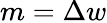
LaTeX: m=\Delta w